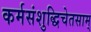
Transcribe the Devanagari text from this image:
कर्मसंशुद्धिचेतसाम्